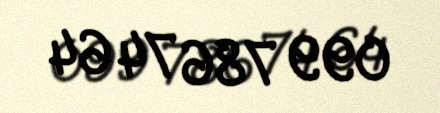
099 786 74 64